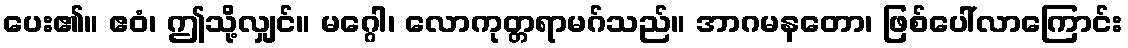
ပေး၏။ ဧဝံ၊ ဤသို့လျှင်။ မဂ္ဂေါ၊ လောကုတ္တရာမဂ်သည်။ အာဂမနတော၊ ဖြစ်ပေါ်လာကြောင်း